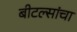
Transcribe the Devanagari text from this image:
बीटल्सांचा